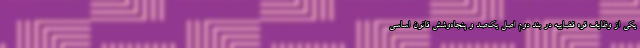
یکی از وظایف قوه قضاییه در بند دوم اصل یک‌صد و پنجاه‌وشش قانون اساسی